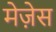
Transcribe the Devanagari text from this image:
मेज़ेस